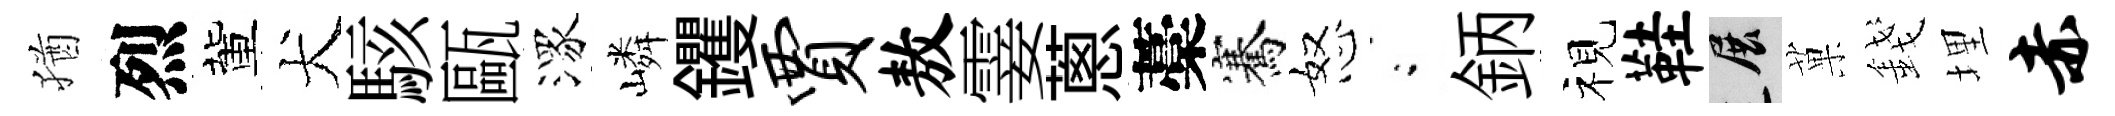
猶烈董犬駭甌潈嶙钁贾敖霎蔥藁騫怒閤鈵视鞋展菓錢埋赤